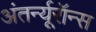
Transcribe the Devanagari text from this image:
अंतर्न्यूरॉन्स